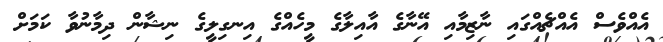
އެއްވެސް އެއްޗެއްގައި ނާޒިމާއި އޭނާގެ އާއިލާގެ މީހެއްގެ އިނގިލީގެ ނިޝާން ދިމާނުވާ ކަމަށް